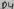
Text: D4